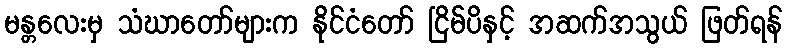
မန္တလေးမှ သံဃာတော်များက နိုင်ငံတော် ငြိမ်ပိနှင့် အဆက်အသွယ် ဖြတ်ရန်